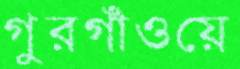
গুরগাঁওয়ে